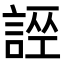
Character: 𧩄